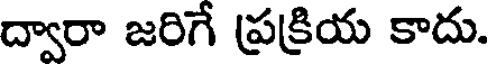
ద్వారా జరిగే ప్రక్రియ కాదు.